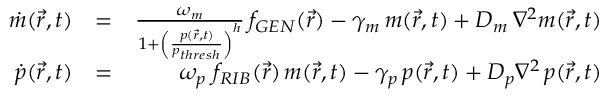
\begin{array} { r l r } { \dot { m } ( \vec { r } , t ) } & { = } & { \frac { \omega _ { m } } { 1 + \left( \frac { p ( \vec { r } , t ) } { p _ { t h r e s h } } \right) ^ { h } } \, f _ { G E N } ( \vec { r } ) - \gamma _ { m } \, m ( \vec { r } , t ) + D _ { m } \, \nabla ^ { 2 } m ( \vec { r } , t ) } \\ { \dot { p } ( \vec { r } , t ) } & { = } & { \omega _ { p } \; f _ { R I B } ( \vec { r } ) \, m ( \vec { r } , t ) - \gamma _ { p } \, p ( \vec { r } , t ) + D _ { p } \nabla ^ { 2 } \, p ( \vec { r } , t ) } \end{array}